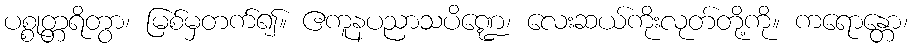
ပစ္စုတ္တရိတွာ၊ မြစ်မှတက်၍။ ဧကူနပညာသပိဏ္ဍေ၊ လေးဆယ်ကိုးလုတ်တို့ကို။ ကရောန္တော၊